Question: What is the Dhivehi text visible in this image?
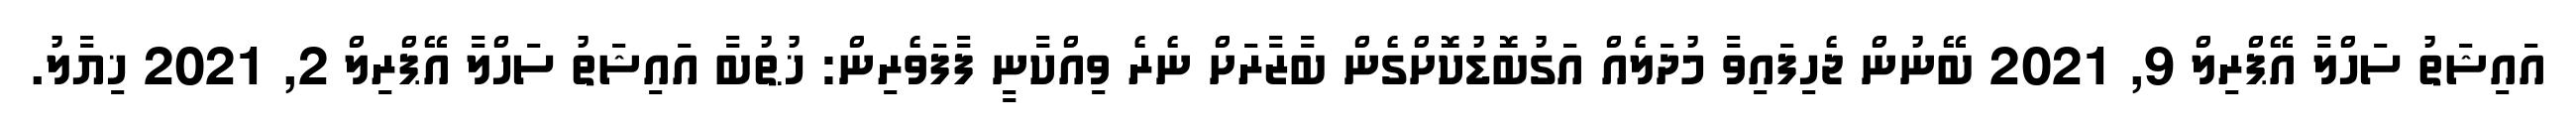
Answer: އައިޝަތު ސަހްލާ އޭޕްރިލް 9, 2021 ބޭނުން ޖެހިފައިވާ މުދަލެއް އަގުބޮޑުކޮށްގެން ބާޒާރަށް ނެރެ ވިއްކާނީ ފާފަވެރިން: ޚުޠުބާ އައިޝަތު ސަހްލާ އޭޕްރިލް 2, 2021 ޚިޔާލު.